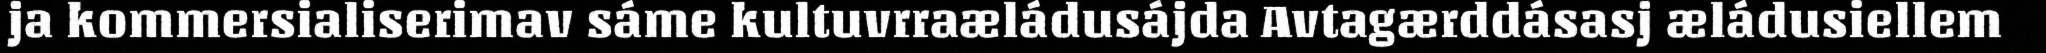
ja kommersialiserimav sáme kultuvrraæládusájda Avtagærddásasj æládusiellem